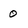
Character: 0